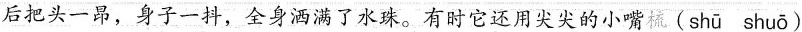
后把头一昂，身子一抖，全身洒满了水珠。有时它还用尖尖的小嘴梳(shū shuō)